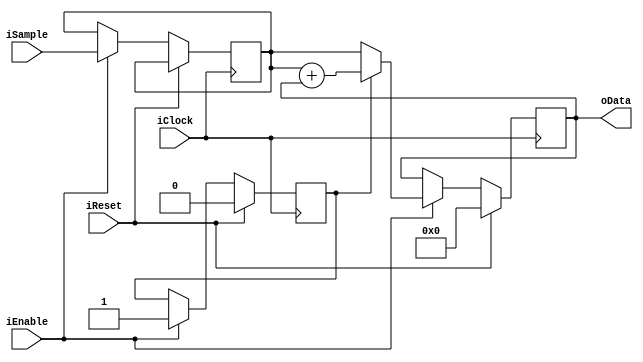
module FixedDecoderOrder1(input iClock,
                    input iReset, 
                    input iEnable, 
                    input signed [15:0] iSample, 
                    output signed [15:0] oData);
                        
reg signed [15:0] dataq;
reg warmup_count;

reg signed [15:0] SampleD1;

assign oData = dataq;

always @(posedge iClock)
begin
    if (iReset) begin
        warmup_count <= 1'b0;
        dataq <= 15'b0;
    end else if (iEnable) begin
        SampleD1 <= iSample;
        
        if (warmup_count == 1'b0) begin
            dataq <= SampleD1;
            warmup_count <= 1'b1;
        end else begin
            dataq <= SampleD1 + dataq;
        end
    end
end
endmodule